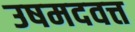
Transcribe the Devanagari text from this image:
उषमदवत्त